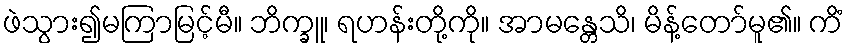
ဖဲသွား၍မကြာမြင့်မီ။ ဘိက္ခူ၊ ရဟန်းတို့ကို။ အာမန္တေသိ၊ မိန့်တော်မူ၏။ ကိံ